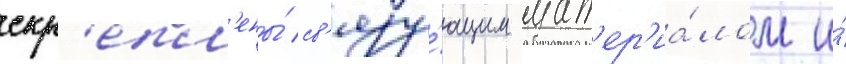
скр'епл'ены́ св'язу́ющим мат'ер'иа́лом и́